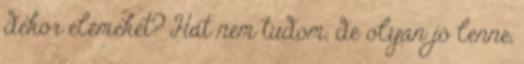
dekor elemeket? Hát nem tudom, de olyan jó lenne,